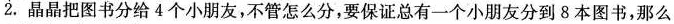
2.晶晶把图书分给4个小朋友，不管怎么分，要保证总有一个小朋友分到8本图书，那么